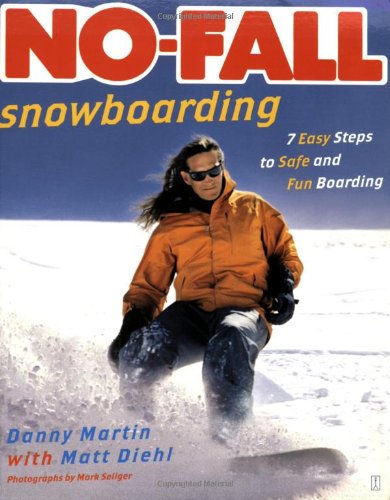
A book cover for No-Fall Snowboarding: 7 Easy Steps to Safe and Fun Boarding; Danny Martin; Sports & Outdoors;